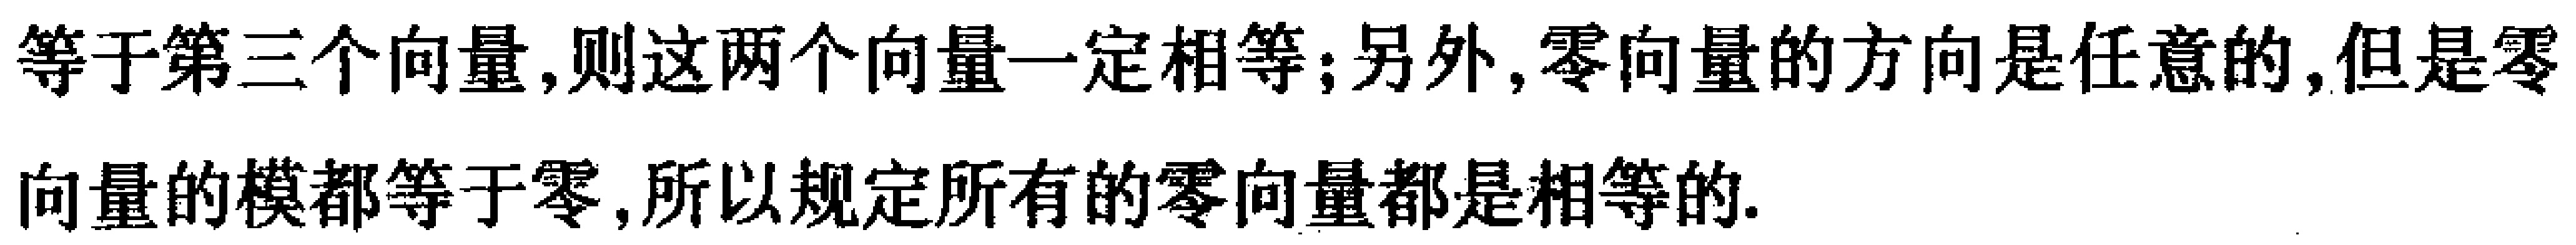
等于第三个向量,则这两个向量一定相等;另外,零向量的方向是任意的,但是零向量的模都等于零,所以规定所有的零向量都是相等的.